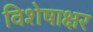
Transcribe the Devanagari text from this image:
विशेषाक्षर